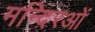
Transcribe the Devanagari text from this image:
मन्दिरओं